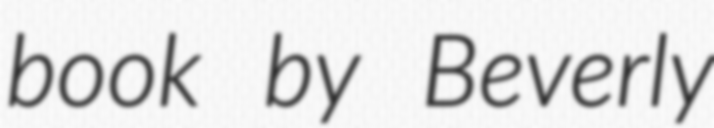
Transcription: book by Beverly